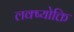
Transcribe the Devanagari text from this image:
लक्ष्योक्ति